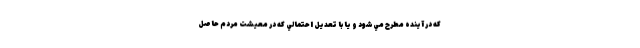
كه در آينده مطرح مي‌شود و يا با تعديل احتمالي كه در معيشت مردم حاصل